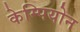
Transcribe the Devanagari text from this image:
केम्पियोन